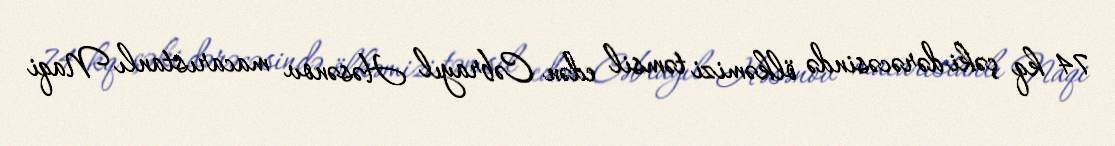
74 kq çəki dərəcəsində ölkəmizi təmsil edən Cəbrayıl Həsənov macarıstanlı Naqi